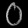
Digit: ၀